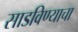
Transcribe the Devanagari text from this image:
साडविण्याचा